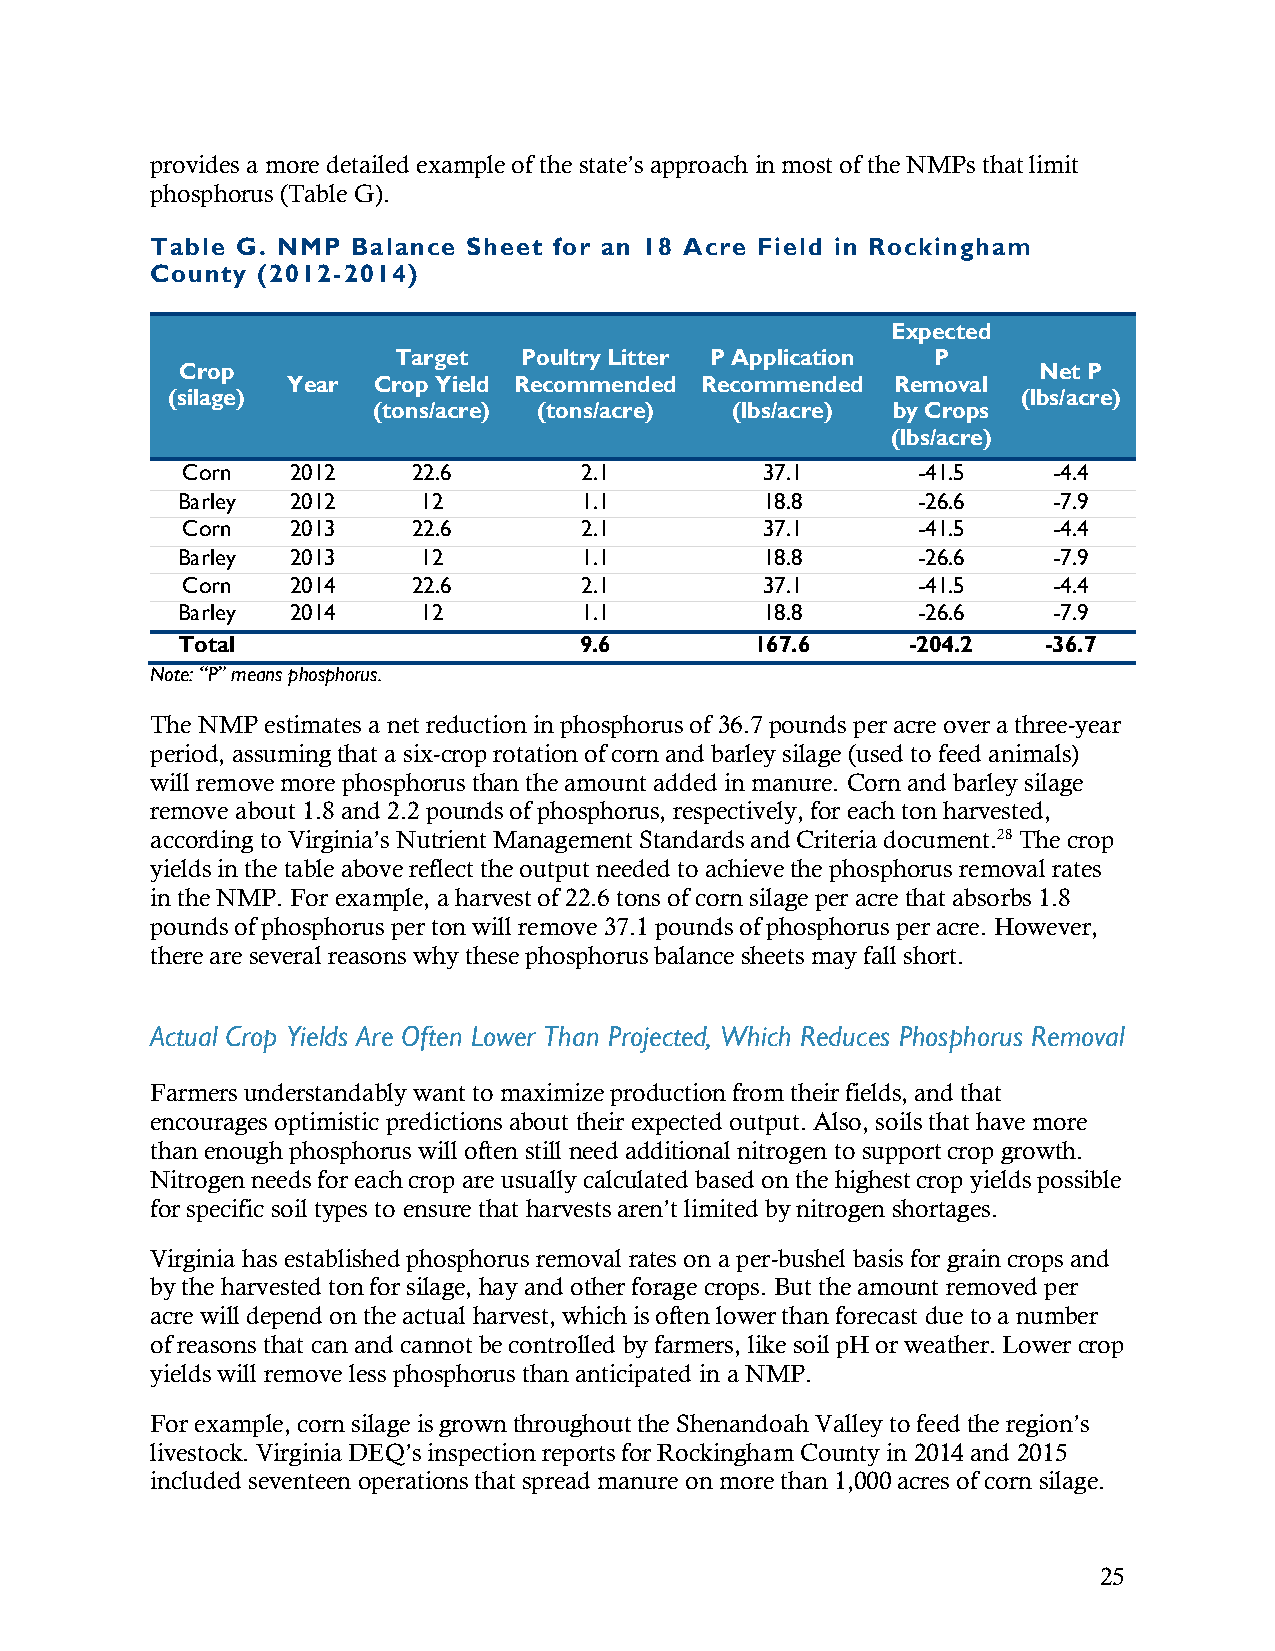
provides a more detailed example of the state’s approach in most of the NMPs that limit
 phosphorus (Table G).
 Table G. NMP Balance Sheet for an 18 Acre Field in Rockingham
 County (2012-2014)
 Expected
 Target   Poultry Litter P Application P
 Crop                                                     Net P
 Year  Crop Yield Recommended Recommended Removal
 (silage)                                                 (lbs/acre)
 (tons/acre) (tons/acre) (lbs/acre) by Crops
 (lbs/acre)
 Corn   2012    22.6       2.1          37.1      -41.5    -4.4
 Barley 2012     12        1.1          18.8      -26.6    -7.9
 Corn   2013    22.6       2.1          37.1      -41.5    -4.4
 Barley 2013     12        1.1          18.8      -26.6    -7.9
 Corn   2014    22.6       2.1          37.1      -41.5    -4.4
 Barley 2014     12        1.1          18.8      -26.6    -7.9
 Total                     9.6         167.6     -204.2   -36.7
 Note: “P” means phosphorus.
 The NMP estimates a net reduction in phosphorus of 36.7 pounds per acre over a three-year
 period, assuming that a six-crop rotation of corn and barley silage (used to feed animals)
 will remove more phosphorus than the amount added in manure. Corn and barley silage
 remove about 1.8 and 2.2 pounds of phosphorus, respectively, for each ton harvested,
 according to Virginia’s Nutrient Management Standards and Criteria document.28 The crop
 yields in the table above reflect the output needed to achieve the phosphorus removal rates
 in the NMP. For example, a harvest of 22.6 tons of corn silage per acre that absorbs 1.8
 pounds of phosphorus per ton will remove 37.1 pounds of phosphorus per acre. However,
 there are several reasons why these phosphorus balance sheets may fall short.
 Actual Crop Yields Are Often Lower Than Projected, Which Reduces Phosphorus Removal
 Farmers understandably want to maximize production from their fields, and that
 encourages optimistic predictions about their expected output. Also, soils that have more
 than enough phosphorus will often still need additional nitrogen to support crop growth.
 Nitrogen needs for each crop are usually calculated based on the highest crop yields possible
 for specific soil types to ensure that harvests aren’t limited by nitrogen shortages.
 Virginia has established phosphorus removal rates on a per-bushel basis for grain crops and
 by the harvested ton for silage, hay and other forage crops. But the amount removed per
 acre will depend on the actual harvest, which is often lower than forecast due to a number
 of reasons that can and cannot be controlled by farmers, like soil pH or weather. Lower crop
 yields will remove less phosphorus than anticipated in a NMP.
 For example, corn silage is grown throughout the Shenandoah Valley to feed the region’s
 livestock. Virginia DEQ’s inspection reports for Rockingham County in 2014 and 2015
 included seventeen operations that spread manure on more than 1,000 acres of corn silage.
 25